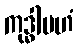
ကုဒ္ဓါပဟံ